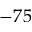
- 7 5